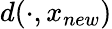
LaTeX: d({\cdot,x_{new}})